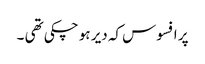
پر افسوس کہ دیر ہو چکی تھی ۔